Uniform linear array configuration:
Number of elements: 4
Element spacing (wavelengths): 0.25
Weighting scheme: uniform
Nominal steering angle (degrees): -45
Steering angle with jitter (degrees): -46.541
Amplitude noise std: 0.05
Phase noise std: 0.05

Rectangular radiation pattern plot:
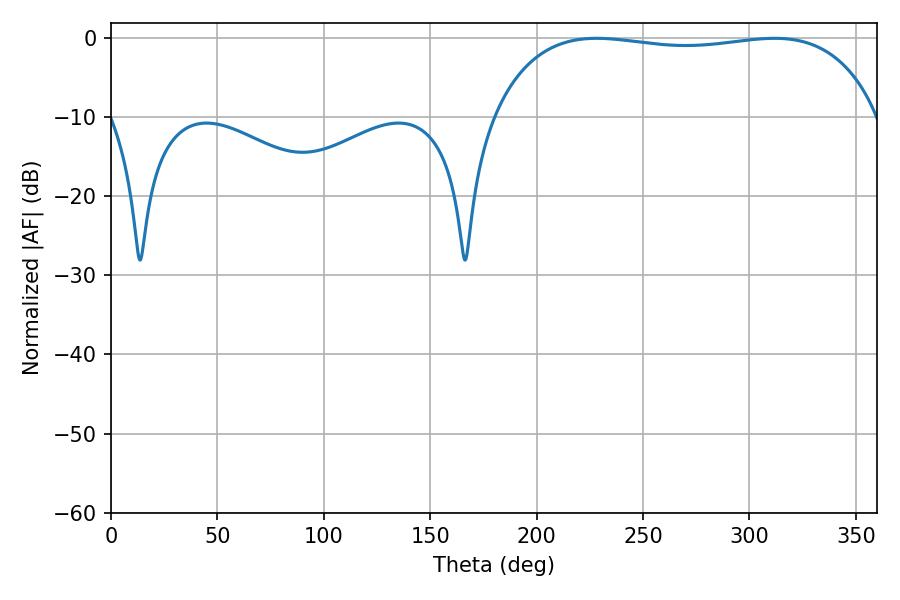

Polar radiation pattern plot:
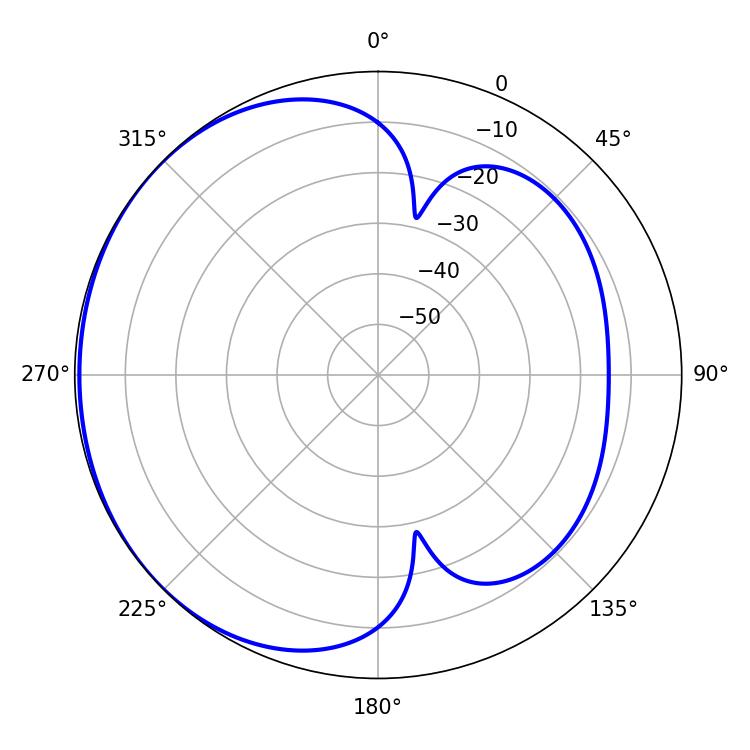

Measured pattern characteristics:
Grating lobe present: FALSE
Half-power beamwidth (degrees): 145.44
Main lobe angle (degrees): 228.24